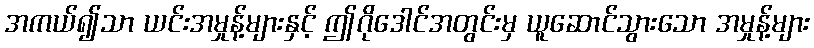
အကယ်၍သာ ယင်းအမှုန့်များနှင့် ဤဂိုဒေါင်အတွင်းမှ ယူဆောင်သွားသော အမှုန့်များ